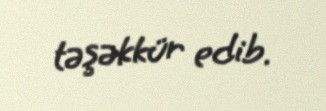
təşəkkür edib.